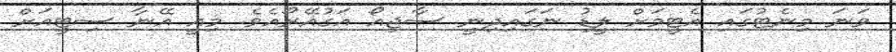
ވަނަ މިނެޓުގައި އެޓީމަށް ލީޑު ނަގައިދިނީ ސާޖިއޯ އަގުއޭރޯއެވެ. މިއީ އޭނާ ސިޓީއަށް